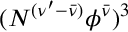
( N ^ { ( \nu ^ { \prime } - \bar { \nu } ) } \phi ^ { \bar { \nu } } ) ^ { 3 }